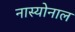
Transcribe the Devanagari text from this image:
नास्योनाल